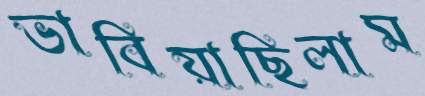
ভাবিয়াছিলাম